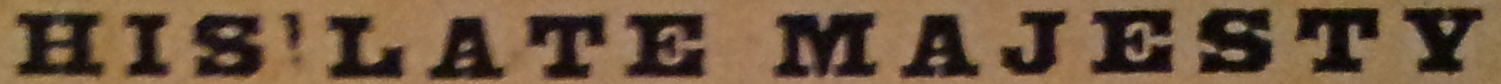
HIS!LATE MAJESTY